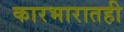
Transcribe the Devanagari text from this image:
कारभारातही